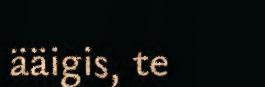
ääigis, te